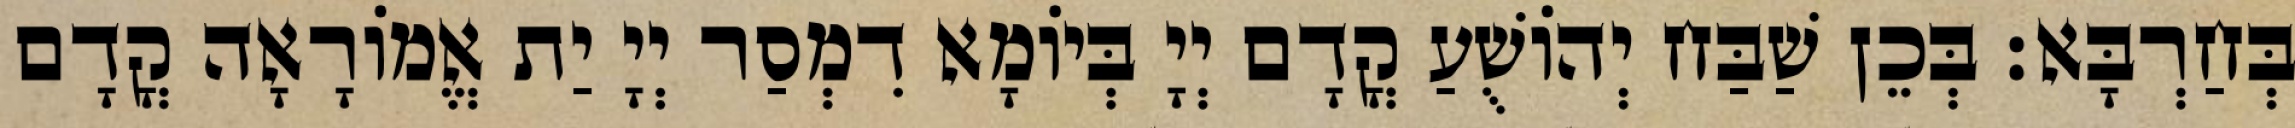
בְּחַרְבָּא׃ בְּכֵן שַׁבַּח יְהוֹשֻׁעַ קֳדָם יְיָ בְּיוֹמָא דִמְסַר יְיָ יַת אֱמוֹרָאָה קֳדָם